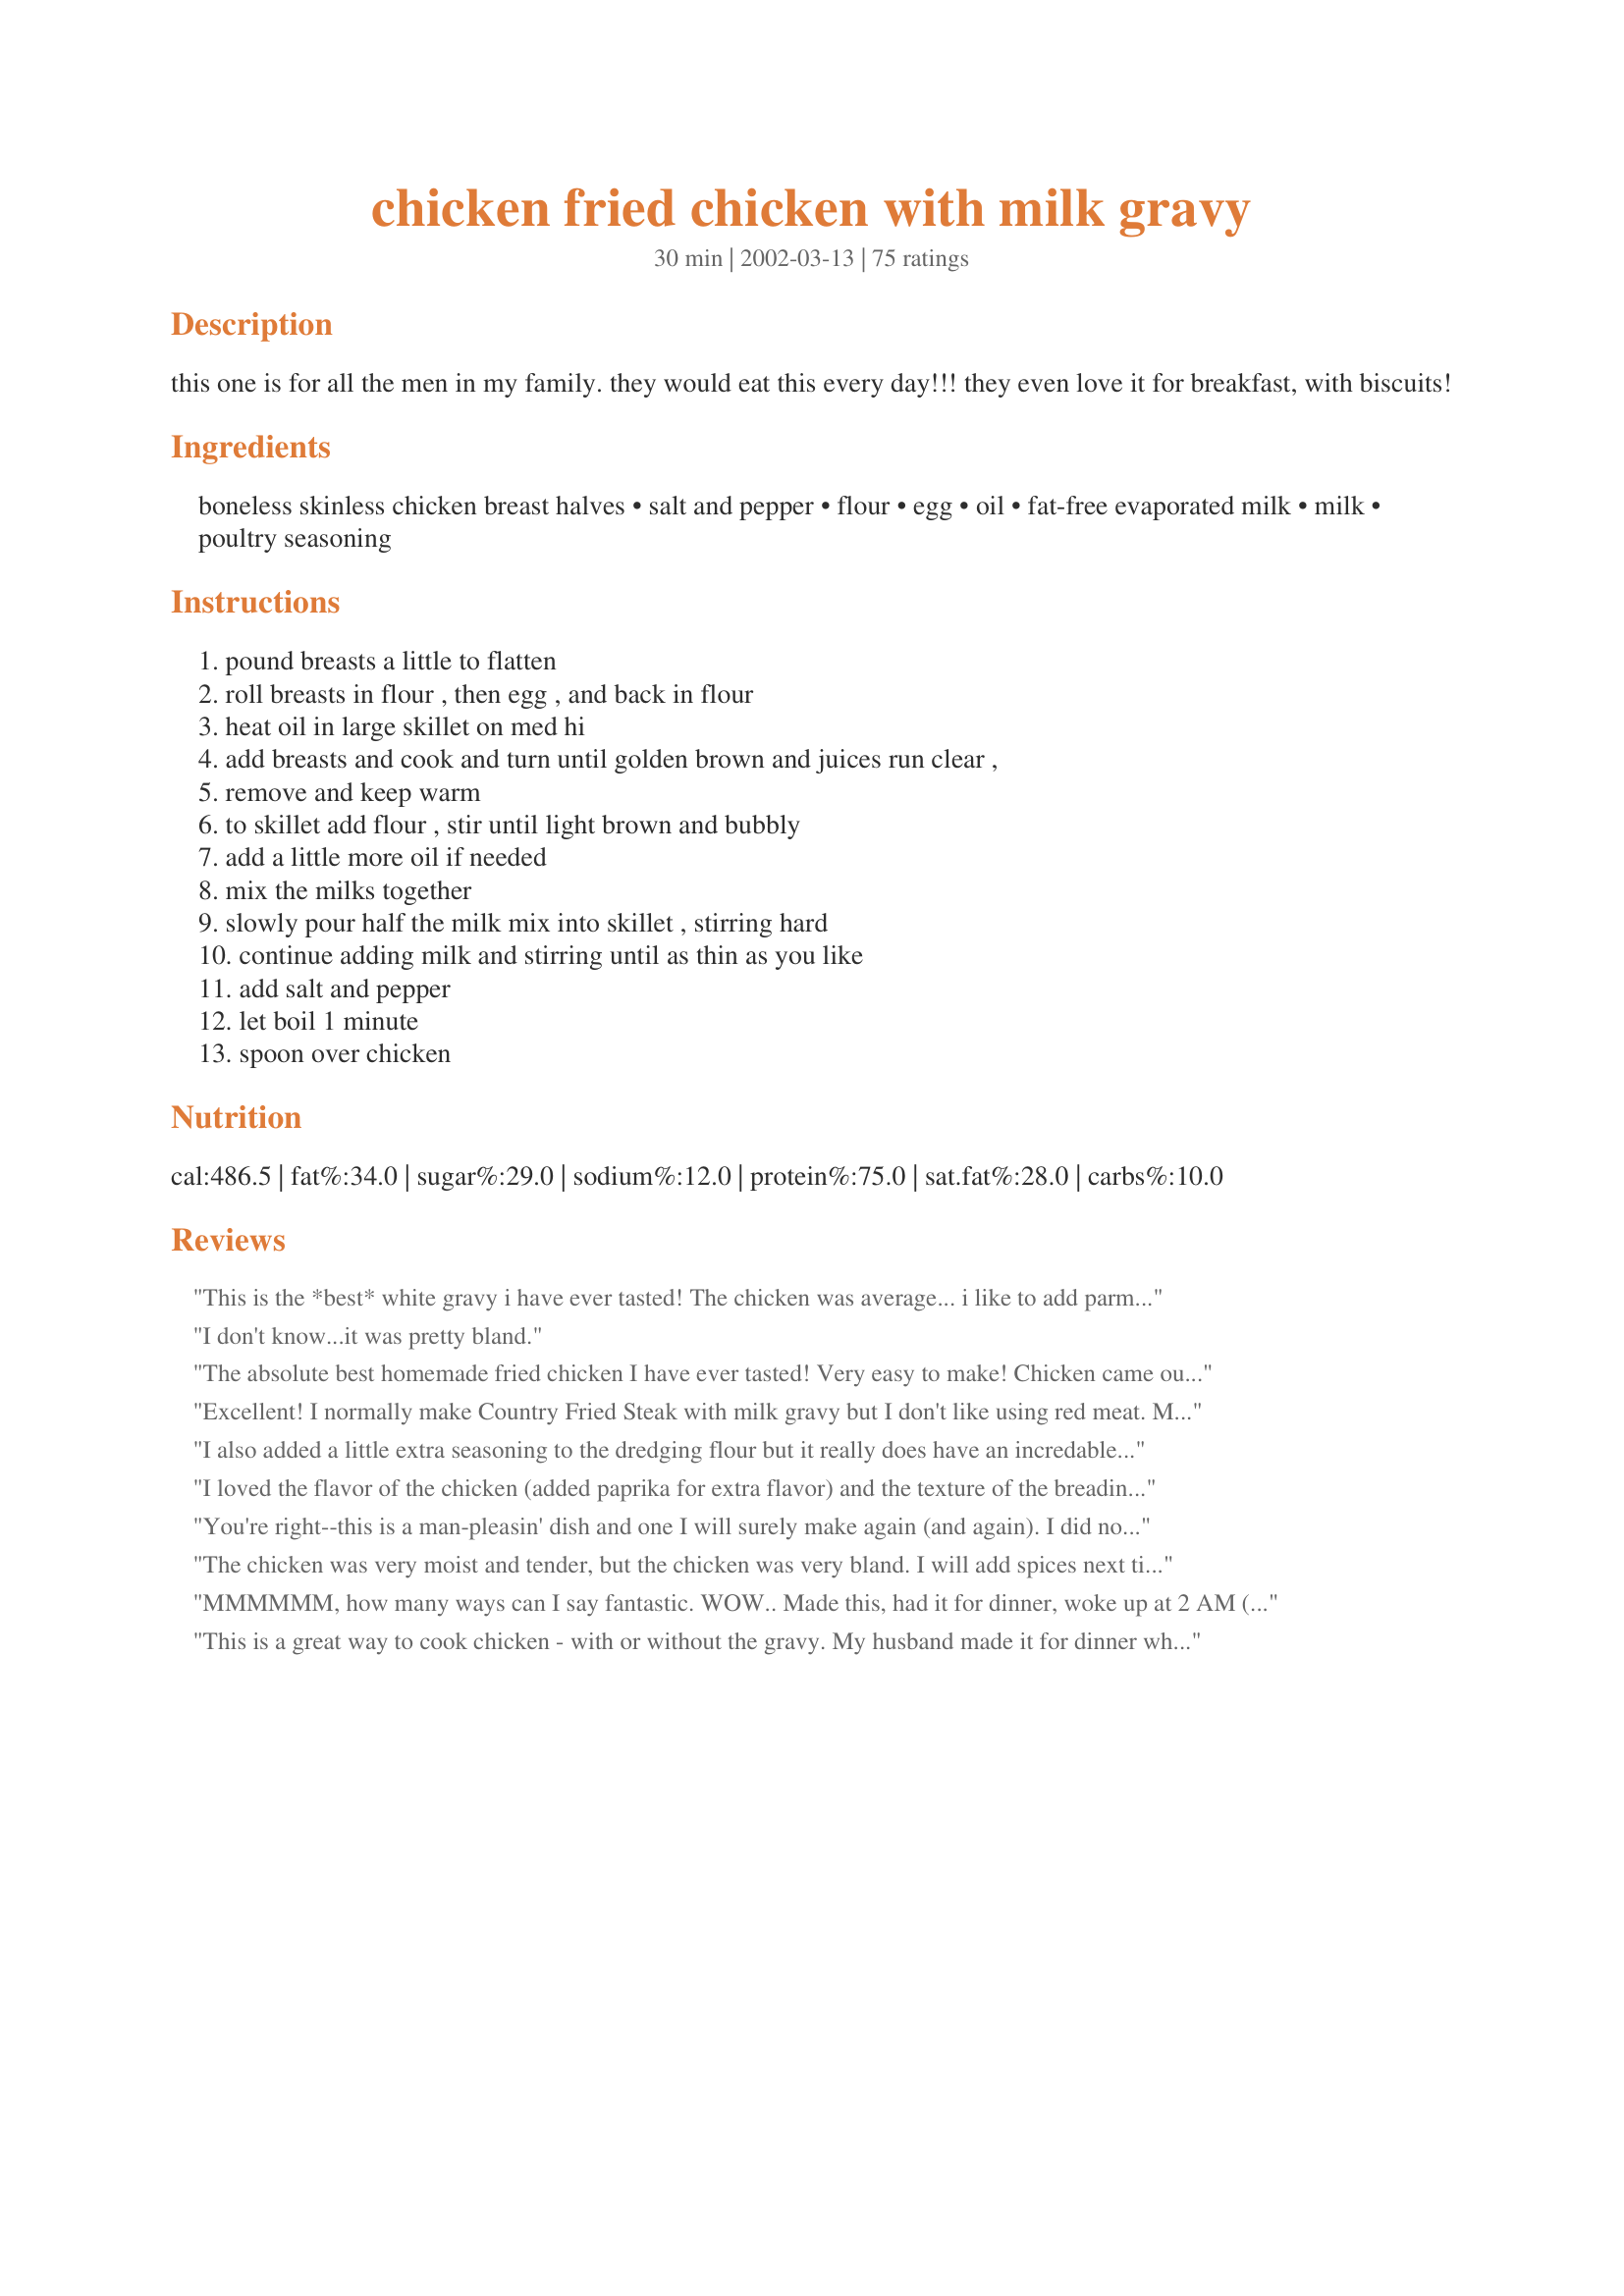
chicken fried chicken with milk gravy
Preparation time: 30 minutes

this one is for all the men in my family. they would eat this every day!!! they even love it for breakfast, with biscuits!

Ingredients:
boneless skinless chicken breast halves, salt and pepper, flour, egg, oil, fat-free evaporated milk, milk, poultry seasoning

Steps:
pound breasts a little to flatten, roll breasts in flour , then egg , and back in flour, heat oil in large skillet on med hi, add breasts and cook and turn until golden brown and juices run clear ,, remove and keep warm, to skillet add flour , stir until light brown and bubbly, add a little more oil if needed, mix the milks together, slowly pour half the milk mix into skillet , stirring hard, continue adding milk and stirring until as thin as you like, add salt and pepper, let boil 1 minute, spoon over chicken

Reviews:
This is the *best* white gravy i have ever tasted! The chicken was average... i like to add parmesean cheese and bread crumbs to the flour mix and ranch dressing and milk to the egg mix for added "yum". But the gravy... oooh... outta this world!
I don't know...it was pretty bland.
The absolute best homemade fried chicken I have ever tasted! Very easy to make! Chicken came out so moist, but not greasy. I set the chicken on a wire rack to drain rather than paper towels, which left it nice and crispy. I also added a little cayenne to the dredging flour and the gravy. Definitely a keeper! Thanks for sharing.
Excellent! I normally make Country Fried Steak with milk gravy but I don't like using red meat. My husband said this is a favorite of his now. And you couldn't find this in any restaurant. Even my 11 and 7 year old daughters loved this. The only change I made was adding a tsp of onion powder to the gravy but I think it would still taste awesome just as written!
I also added a little extra seasoning to the dredging flour but it really does have an incredable taste. Be sure to pound it a little flat so it does cook quickly.
I loved the flavor of the chicken (added paprika for extra flavor) and the texture of the breading...however, the breading didn't really want to stay on when I would flip the chicken...sad. And I must have done something wrong, because the gravy wasn't even white like I think it's supposed to be...and it just didn't taste right. I think I'll have to try this again sometime.
You're right--this is a man-pleasin' dish and one I will surely make again (and again). I did not have any evaporated milk, so I substituted chicken stock for it and will probably continue to do so. Thanks for another great recipe, MizzNezz!
The chicken was very moist and tender, but the chicken was very bland. I will add spices next time. Thanks so much for sharing!
MMMMMM, how many ways can I say fantastic. WOW.. Made this, had it for dinner, woke up at 2 AM (had a few biscuits around), pulled the gravy out and yep (lol) had it. Was it great.. Felt I was back on the farm and grandma was cooking. Very good and easy to make.
MizzNezz, thanks for the receipe...
This is a great way to cook chicken - with or without the gravy. My husband made it for dinner when I was late coming home - he did a great job with it and he's not really a cook. So, it's an easy recipe to follow with great results. I would kick the seasoning up a bit.
I grew up in the South and was craving some comfort food... this really fit the bill! I followed the recipe as written except I went a little light on the poutry seasoning ( just a personal preference) Really filling and so yummy with some buttermilk biscuits...
This was wonderful!! Easy to make, yummy to eat and it will be a definite repeat recipe! I was surprised at how quickly the gravy thickened up...next time I'll have my mashed potatoes ready and waiting! But this is a quick weekenight meal that doesn't taste like a quick weeknight meal! Thanks for the scrumptious recipe MizzNezz!
The Men in my family loved this! This is definitely southern comfort food! This will be a basic in my kitchen. The gravy was so creamy. I cooked it as written and won’t change a thing

Thank You MizzNezz!

This is one of the best chicken recipes I've ever found!! My husband and son are still raving about it! I made it tonight because I had some chicken breasts I didn't know what to do with and am I ever glad I found this recipe. The only thing I did differently was to spice it up a little, I added just a little cayenne, salt, pepper, and seasoning salt to the dredging flour, and also a little cayenne to the gravy. Thanks so much for this recipe, it's sure to become a staple at our house!
This recipe was easy to make, but my family did not like the gravy at all. I think the poultry seasoning gives it an odd taste. We were hoping for something like KFC's white gravy, and this was not it. I will try it again, but will definitely leave the poultry seasoning out.
I used cajun seasoning to give it a kick based on other reviews...IT REALLY HIT THE SPOT!! My husband and father-in-law licked the plate. I served it with potato salad.
Hubby loved this chicken, but the gravy just did not work out for me. I don't know what I did wrong, but I found another recipe for the white gravy. Easy and delicious meal!
LOVED THIS DISH! I made this for somthing different as my mom drived truck and we were getting bored with food. This was so good. I have never made somthing like this but it was super easy! I will make this again, and again, and again. YUM!
Hi, I was able to cook this last night! I spiced up the dipping flour by mixing in garlic and onion powder. 

The gravy is wonderful! It goes well with the "bland" tasting chicken. I guess other people ate the chicken without putting a lot of gravy. To really eat this chicken I think you really have to go all out on spicing the gravy and put a lot on. The gravy is realy good! its the one that really makes the meal taste good.
My husband and I really enjoyed this dish. The flour definitely needs more seasoning, but everything else is great as is. I've never made chicken like this before, so thanks for bringing a little Southern cuisine to our table!
Excellent recipe. The only thing I changed was the addition of seasoning my flour. I notice that some people complain of the breading being a little bland, so I've always added some seasoning to my flour to help with this. Added the following: 1 tsp. Seasoned Salt 1 tsp. Garlic Powder 1/2 tsp. Onion Powder and a couple of dashes of Cayenne Pepper Other than that, I think this recipe holds up perfectly. Don't forget to let your gravy thicken a little. Delicious!
This is just what I was craving. I added garlic powder, onion powder, paprika and red pepper in with the flour. The timing was perfect on the chicken. Then, I added a few tsp of chicken bouillon into the gravy. It was great over the chicken and mashed potatoes! Thanks!
I was not impressed at all with the flavor of this dish and neither was my DH. The gravy was very bland. I give it a one star for flavor, but a three overall because it was very cheap and easy to make. I would have to do serious modifying to make this again.
Fantastic recipe! I had no problems at all. I did use whipping cream in place of the evaporated milk since this I keep it on hand all the time and I did add more oil to the skillet when frying the chicken to help keep it from sticking to pan. I also added the chicken back into the gravy before serving. The chicken was very tender , you could cut with a fork. Thanks so much for sharing this delicious recipe! :)
Sorry! This one was a little too bland for my taste.
A little too bland for me. There was just something missing.
Very good!!!! I didn't use poultry season. Instead I used season salt. Family loved it. Thank you.
This was the best fried chicken I have ever had. I have never made fried chicken at home before because I didn't think I could ever made it better than a restaurant. Believe me...THIS IS BETTER THAN ANY RESTAURANT!!! My husband and kids loved it. The gravy was good but my family is not big on light gravy. But I was thrilled to have a gravy turn out without lumps for once.
This is the BEST comfort food!!!! I made this last night, exactly as the recipe instructed. My husband loved it . I loved it. And my daughter loved it. We hardly EVER all agree on liking the same thing!!!! :) We all agreed this recipe is DEFINITELY a keeper!!! Thank you so much MizzNezz!!!!! :)
Another excellent recipe, Nezz! I have made this so many times now, I could do it blind-folded. For those reporting this recipe is too bland, I suggest you spice it up with your own style of seasoning. This is a great basic recipe for Chicken fried Chicken and you can stylize to to your own tastes. Great gravy, too! Creamy and smooth. I wouldn't change a thing. Thanks agian, MizzNezz!
Chicken was perfect with a little seasoning, didn't try the gravy.
This was great! I added soul seasoning and pepper while cooking the chicken. It was great! Thanks for the wonderful recipe. My husband loved it and was the envy of his friends when he took leftovers to college with him.
Added some spiced in with the flour to coat the chicken... Easy and so yummy!
So easy and my husband loved it. I added some garlic powder and onion powder to the flour mixture, as well as paprika.... only 1/2 tsp. or less, vary according to taste. 
Thanks so much for a great recipe! It's perfect for our meat-and-potato husbands :)
(I served this with spinach, creamed peas, sour cream mashed potatoes and biscuits)
Southern comfort food in my own kitchen without deep frying! The chicken breasts were moist and tender with a wonderful, flavorful milk gravy that made the chicken and my mashed potatoes taste like heaven on a plate. Thanks for another keeper in our house!
This was the best recipe for fried chicken and gravy that I have ever seen! This was my first time frying chicken and making gravy and they both turned out perfect! My husband hasn't stopped talking about it! Thanks!
Thank you,for this recipe!I wanted a replacement to chicken fried beef steak(due to dietary changes).A couple of Recipe Zaar members told me about this recipe.It is GR8!I used egg substitute for the eggs and I substituted the white four for wheat flour mixed with an equal amounts of crushed'Health Valley'sesame seed multigrain crackers for the dredging.And for the salt,I seasoned with my own blend of spike.The couple changes, gave it that extra crunchiness and flavor I like!But the basic recipe I left the same.Yummy!!!! Faira
Inez, you've done it again!Another keeper.Youre right all the MEN loved this one(and women too!)I made the gravy a little too thick for rice so we had it with biscuits and it was excellent!I already have requests for this again!!!!!
WOW! My whole family GOBBLED this down. All the kids LOVED the gravy on the chicken and their mashed potatoes. My husband was in heaven. I will make this recipe again! THANKS!!!!
the chix part came out very nicely.. but the gravy just was so bland to me.

a
This was made on 6/30/09 as part of mine and SO's dinner.Except for cutting the recipe in half, the recipe was made as written. Up to the part about the gravy, I realized then that I didn't have any evaporated milk so I left it out. After tasting, my SO and I both felt that the chicken itself needed a bit more seasoning in the coating for the chicken. But the gravy was very good as it was. " Keep Smiling :) "
This was a good meal. I too added several seasonings to the flour. Cooking time is right on and the chicken came out moist and tender.
Thanks.
My first time ever making fried chicken and it turned out great! I pounded down the chicken to about 1/2" thick and they were HUGE! I fried them for about 6 min on each side, turned out nice and crispy. I also added about an 1/8 tsp garlic powder, 1/8 tsp salt, 1/8 tsp season salt and a dash of cayenne & black pepper to the flour.. it gave it just the right amount of flavor! Thanks
Very good!!
This was great. I added some paprika and red pepper to the flour and also the gravy instead of the poultry seasoning (never been a fan of that stuff). The great thing is, I've always been pretty bad at fried chicken, but I've made this three times now and it's come out perfect every time. Thanks.
My husband said to give this 50 stars... I guess I'll have to stick to 5. Delish!
Good recipe. I did add more spices however. I added paprika, garlic powder and onion powder. It was great with the added spices.
Excellent chicken fried chicken! I don't think the chicken needed any other seasoning as it would have taken away from the wonderful taste. We loved the milk gravy and even topped our biscuits with it. The very few leftovers that we had were wrapped up in biscuits for DH's breakfast the next morning. Thanks for sharing this recipe! I know I'll be making it again very soon.
chicken was awesome, gravy was ok.
I used House-Autry Chicken Breader and fried chicken legs in my GE Deep Fryer for 18 minutes. I made the gravy as listed and I must say that is the best! It has the best flavor. You should use the entire amount of milk listed or the gravy will cool and become to thick. I rate this recipe a four because I don't think the coating mixture listed of the chicken is good. If you depend on the gravy for the flavor entirely then it could work for your tastes otherwise use a more flavorful breading and definitely make the gravy. It would be a great gravy for breakfast too!
Excellent, excellent, excellent!
Excellent recipe, very "Southern"I'm suprised by the comments about the gravy being bland. Milk gravy is supposed to be very neutral, it can be simply jazzed up by adding a tablespoon of poultry seasoning or thyme. But then its no longer milk gravy! I served it with garlic mashed potatoes, turnips greens and biscuits.
Thanks
BIG HIT!!! I made this last night for my in laws who are here on vacation. My father-in-law took my recipe with him and said he is going to make. Everyone just loved it. My mother-in-law was amazed that I got it done in less than 1 hour. Made it one other time for my neighbor and he still talks about how great it was. A definite keeper in my recipe file.
Tasted like the fried chicken I got down south last summer. I improvised and used a beer batter. I like fat and cholesterol!! :> The Gravy does this chicken justice. And you must eat with biscuits!!! Yum!!
The chicken came out fine. The gravy did not turn out good at all.
This is the first time I have made Chicken Fried Chicken and I absolutely loved it! I thought it was going to be hard but it turned out to be so easy. I'm a newlywed and I haven't perfected gravy yet but I was able to make it and it turned out perfect without any lumps or anything. My husband loved it and I will be making it again! The only thing I did different is instead of just putting salt and pepper on the chicken I added Lawry's Seasoned Salt and Tony Chachere's Seasoning. I definetley reccomend this recipe.
Hubby really like this one, but said it needed more salt (which I actually had added extra salt, pepper and cayenne, but apparently it needs more!) Served this with rice. Gravy was good but bland.
Excellent recipe! The chicken turned out real moist. The only thing that I added was about 1/4-1/2 tsp of Original Chicken seasoning. The only thing that didn't turn out as well was the gravy. I don't know if it is the evaporated milk or just that the milk was too much- it made the gravy too bland. But other than that, excellent recipe!
Everyone was right! This meal was a sure man pleaser. My husband loved it. He said to save the recipe for future meals. 

Thanks so much.

Annie b.
Wonderful! The breading fried up great, the flavor of the gravy was wonderful (despite the naysayers) and it was really easy and pretty quick. I did season the flower with garlic powder & Emeril's Essence. We loved it! Thanks!
With my husband being from Texas and all he disliked this because the gravy was to bland, he likes his gravy thick and he wasnt pleased..chicken was ok but not southern.
I guess I'm not a milk gravy type of person - did not care for it at all. The chicken alone was delicious, though. I would make that again.
Thank you Inez...i finally was able to make a decent cream gravy...i'm a novice at cooking , and no matter how hard i tried i couldn't make cream gravy to save my life...and i live to far for dad to come fix it for me
Very good, I used boneless skinless thighs and I marinated them overnight in buttermilk with drop of hot sauce added more black pepper to flour. Really great with the gravy and a biscuit.
Oh, yeah! This was really tasty. I didn't have fat-free evaporated milk so I used regular but I had skimmed milk instead of 2% so without doing the math I figured that I was coming out about the same. (Of such logic are heart attacks born). We really liked this recipe, though and will definitely make it again. Next time I'll use both skimmed milk and the fat-free evap. milk and it just might fall into the category of health food in my demented little mind.
Delicous chicken! However, I must of done something wrong with the gravy because it did not come out looking like the picture. My gravy was really runny. I will make the gravy again though.<br/>Thank you!!
Made this for diner tonight because I was craving fried chicken and didn't have time for the traditional stuff. This turned out pretty good! <br/><br/>I did add 1/4 tsp of salt, 1/4 tsp of black pepper, 1/8 tsp garlic powder, and 1/8 tsp of paprika. This recipe would have turned out very, very bland if I had not done that. In fact, it would have used more salt. <br/><br/>I really prefer to eat a little chicken with my white gravy, but we were out of milk because it went into mashed potatoes. <br/><br/>Next time, I'll add more seasoning and make the gravy, which really is my favorite part of fried chicken!
I had problems making the gravy the first time I made this recipe, but on my second attempt it turned out great! We really like this recipe. Nice tender chicken and a very easy meal to throw together. I served with mashed potatoes and peas.
I thought this was just great! I used buttermilk instead of the evaporated milk - the gravy was great w/ carolina's buttermilk biscuits (#52198).
Wonderful! Big hit with the family. I used chicken tenderloin so it was like serving the kids chicken fingers with gravy. Chicken fried up nice and the gravy was very good. Will make again.
This recipe just didn't turn out as we would have liked. The gravy was very lumpy and it just didn't have any flavor. I don't think we will be making this one again. Sorry:o(
this recipe is very bland and the crust dost come out as crispy as i like thye trick to that is plain old water though dip breast in water then flour then water again then flour again makes a crispier crust. also the spices need to be kicked up a little more salt more pepper papirica garlic onion and a dash of red pepper.
Real easy, Taste fine, used it over the biscuits too
EXCELLENT! This has found a permanent place in my recipe book. My boyfriend loved it!
I have to agree it was a little bland for my tastes too but it is a good basic recipe and one that can be easily adapted. Next time, I'm going to try adding some mild herbs and spices to the cream sauce
to give it the flavour that I prefer. But, great recipe overall :)
